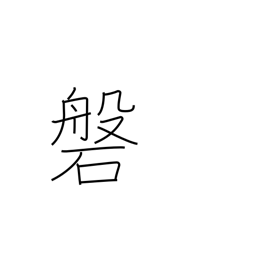
Meaning: wall (in a mine)